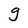
Character: g